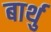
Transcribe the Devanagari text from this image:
बार्थु